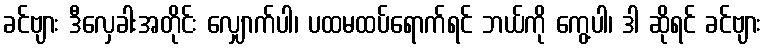
ခင်ဗျား ဒီလှေခါးအတိုင်း လျှောက်ပါ၊ ပထမထပ်ရောက်ရင် ဘယ်ကို ကွေ့ပါ၊ ဒါ ဆိုရင် ခင်ဗျား